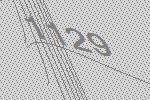
1129